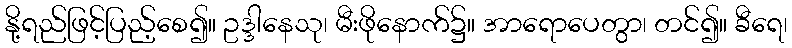
နို့ရည်ဖြင့်ပြည့်စေ၍။ ဥဒ္ဒါနေသု၊ မီးဖိုနောက်၌။ အာရောပေတွာ၊ တင်၍။ ခီရေ၊